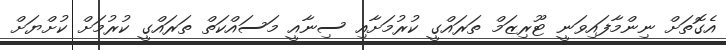
އެގޮތަށް ނިންމާފައިވަނީ ޓޫރިޒަމް ތަރައްގީ ކުރުމަށާއި ސިނާއީ މަސައްކަތް ތަރައްގީ ކުރުމަށް ކުށްޔަށް